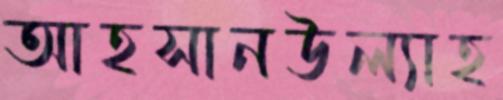
আহসানউল্যাহ